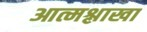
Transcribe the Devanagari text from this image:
आत्मश्लाखा